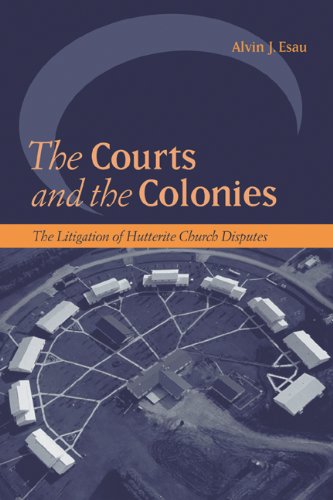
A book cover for The Courts and the Colonies: The Litigation of Hutterite Church Disputes (Law and Society); Alvin Esau; Christian Books & Bibles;